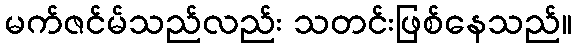
မက်ဇင်မ်သည်လည်း သတင်းဖြစ်နေသည်။